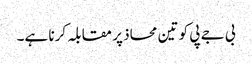
بی جے پی کو تین محاذ پر مقابلہ کرنا ہے۔